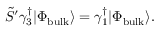
\tilde { S } ^ { \prime } \gamma _ { 3 } ^ { \dagger } | \Phi _ { \mathrm { { b u l k } } } \rangle = \gamma _ { 1 } ^ { \dagger } | \Phi _ { \mathrm { { b u l k } } } \rangle .